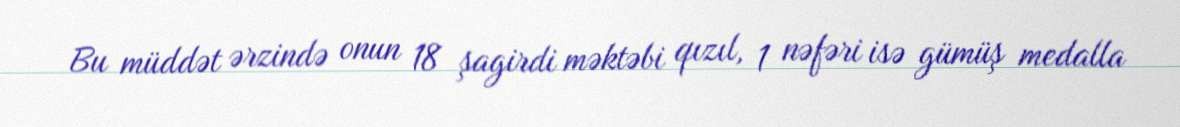
Bu müddət ərzində onun 18 şagirdi məktəbi qızıl, 1 nəfəri isə gümüş medalla